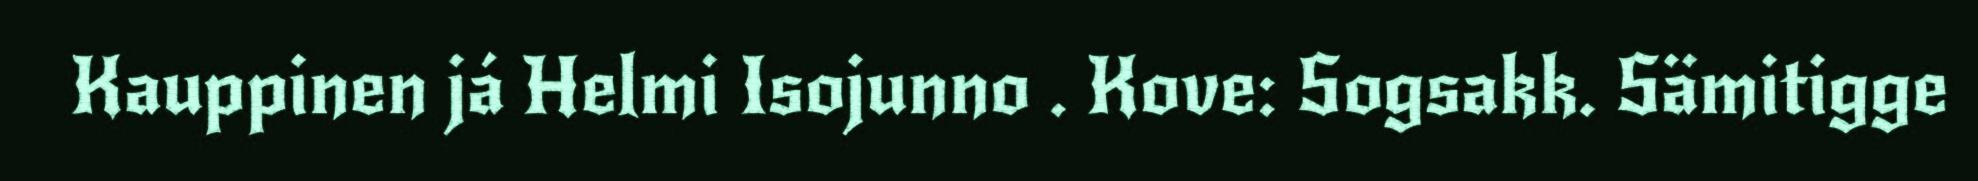
Kauppinen já Helmi Isojunno . Kove: Sogsakk. Sämitigge